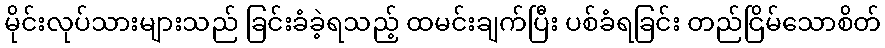
မိုင်းလုပ်သားများသည် ခြင်းခံခဲ့ရသည့် ထမင်းချက်ပြီး ပစ်ခံရခြင်း တည်ငြိမ်သောစိတ်